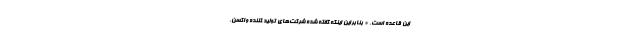
این قاعده است. * بنابراین اینکه گفته شده شرکت‌های تولید کننده واکسن،